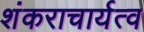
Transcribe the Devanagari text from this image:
शंकराचार्यत्व